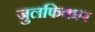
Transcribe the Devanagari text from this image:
जुलफिकार